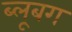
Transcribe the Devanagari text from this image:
ब्लूबग